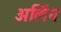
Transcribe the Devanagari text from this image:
अर्लिन